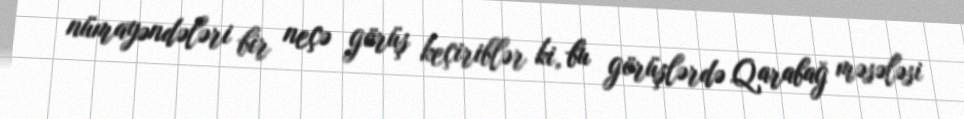
nümayəndələri bir neçə görüş keçiriblər ki, bu görüşlərdə Qarabağ məsələsi